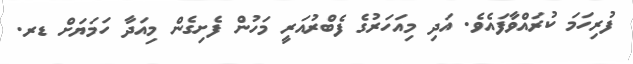
ފުރިހަމަ ކުރައްވާފައެވެ. އަދި މިއަހަރުގެ ފެބްރުއަރީ މަހުން ފެށިގެން މިއަދާ ހަމަޔަށް ޑރ.